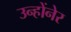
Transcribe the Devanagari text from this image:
उन्होंनेर